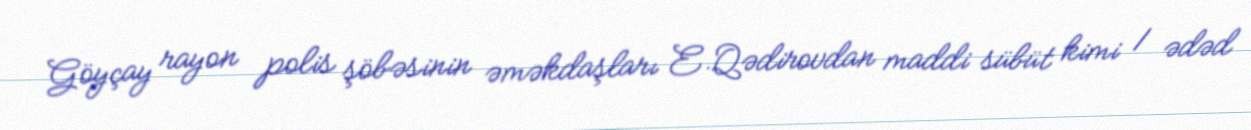
Göyçay rayon polis şöbəsinin əməkdaşları E.Qədirovdan maddi sübüt kimi 1 ədəd